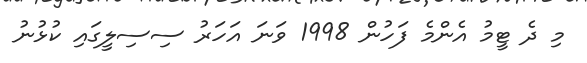
މި ދެ ޓީމު އެންމެ ފަހުން 1998 ވަނަ އަހަރު ސިސިލީގައި ކުޅުނު